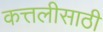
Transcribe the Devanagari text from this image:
कत्तलीसाठी